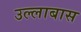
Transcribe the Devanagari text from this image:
उल्लाबास